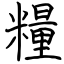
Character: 糧